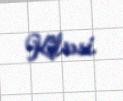
Kilsəsi.